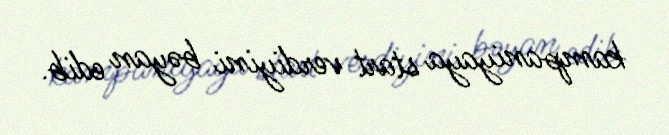
kampaniyaya start verdiyini bəyan edib.